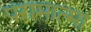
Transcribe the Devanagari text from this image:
परामात्मा